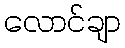
လောင်ချာ